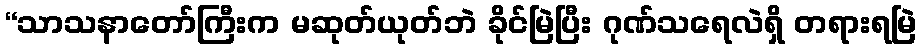
“သာသနာတော်ကြီးက မဆုတ်ယုတ်ဘဲ ခိုင်မြဲပြီး ဂုဏ်သရေလဲရှိ တရားရမြဲ